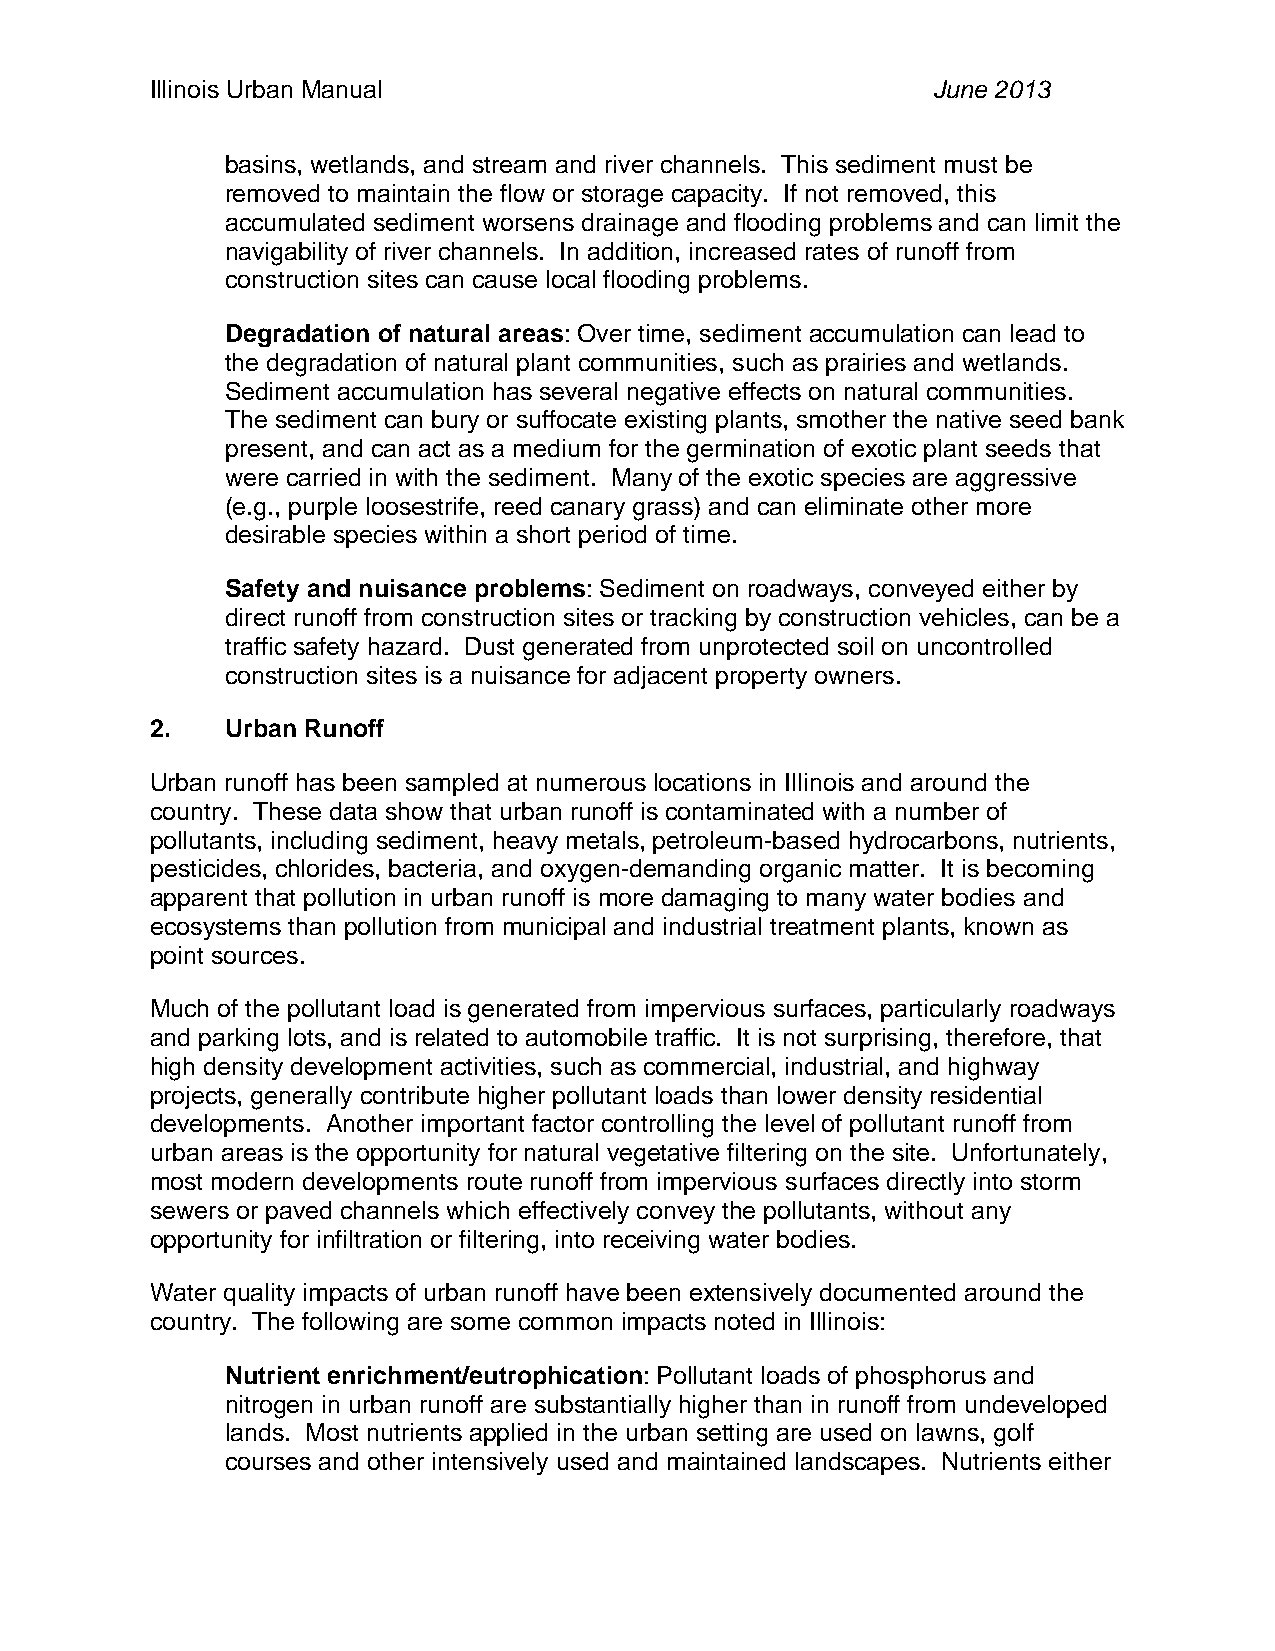
Illinois Urban Manual                               June 2013
 basins, wetlands, and stream and river channels. This sediment must be
 removed to maintain the flow or storage capacity. If not removed, this
 accumulated sediment worsens drainage and flooding problems and can limit the
 navigability of river channels. In addition, increased rates of runoff from
 construction sites can cause local flooding problems.
 Degradation of natural areas: Over time, sediment accumulation can lead to
 the degradation of natural plant communities, such as prairies and wetlands.
 Sediment accumulation has several negative effects on natural communities.
 The sediment can bury or suffocate existing plants, smother the native seed bank
 present, and can act as a medium for the germination of exotic plant seeds that
 were carried in with the sediment. Many of the exotic species are aggressive
 (e.g., purple loosestrife, reed canary grass) and can eliminate other more
 desirable species within a short period of time.
 Safety and nuisance problems: Sediment on roadways, conveyed either by
 direct runoff from construction sites or tracking by construction vehicles, can be a
 traffic safety hazard. Dust generated from unprotected soil on uncontrolled
 construction sites is a nuisance for adjacent property owners.
 2.   Urban Runoff
 Urban runoff has been sampled at numerous locations in Illinois and around the
 country. These data show that urban runoff is contaminated with a number of
 pollutants, including sediment, heavy metals, petroleum-based hydrocarbons, nutrients,
 pesticides, chlorides, bacteria, and oxygen-demanding organic matter. It is becoming
 apparent that pollution in urban runoff is more damaging to many water bodies and
 ecosystems than pollution from municipal and industrial treatment plants, known as
 point sources.
 Much of the pollutant load is generated from impervious surfaces, particularly roadways
 and parking lots, and is related to automobile traffic. It is not surprising, therefore, that
 high density development activities, such as commercial, industrial, and highway
 projects, generally contribute higher pollutant loads than lower density residential
 developments. Another important factor controlling the level of pollutant runoff from
 urban areas is the opportunity for natural vegetative filtering on the site. Unfortunately,
 most modern developments route runoff from impervious surfaces directly into storm
 sewers or paved channels which effectively convey the pollutants, without any
 opportunity for infiltration or filtering, into receiving water bodies.
 Water quality impacts of urban runoff have been extensively documented around the
 country. The following are some common impacts noted in Illinois:
 Nutrient enrichment/eutrophication: Pollutant loads of phosphorus and
 nitrogen in urban runoff are substantially higher than in runoff from undeveloped
 lands. Most nutrients applied in the urban setting are used on lawns, golf
 courses and other intensively used and maintained landscapes. Nutrients either